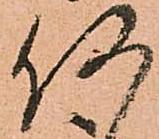
何